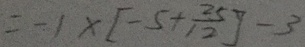
= - 1 \times [ - 5 + \frac { 2 5 } { 1 2 } ] - 3